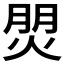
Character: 𤊏